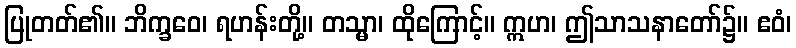
ပြုတတ်၏။ ဘိက္ခဝေ၊ ရဟန်းတို့။ တသ္မာ၊ ထိုကြောင့်။ ဣဟ၊ ဤသာသနာတော်၌။ ဧဝံ၊